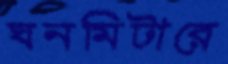
ঘনমিটারে